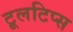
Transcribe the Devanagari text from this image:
टूलटिप्स